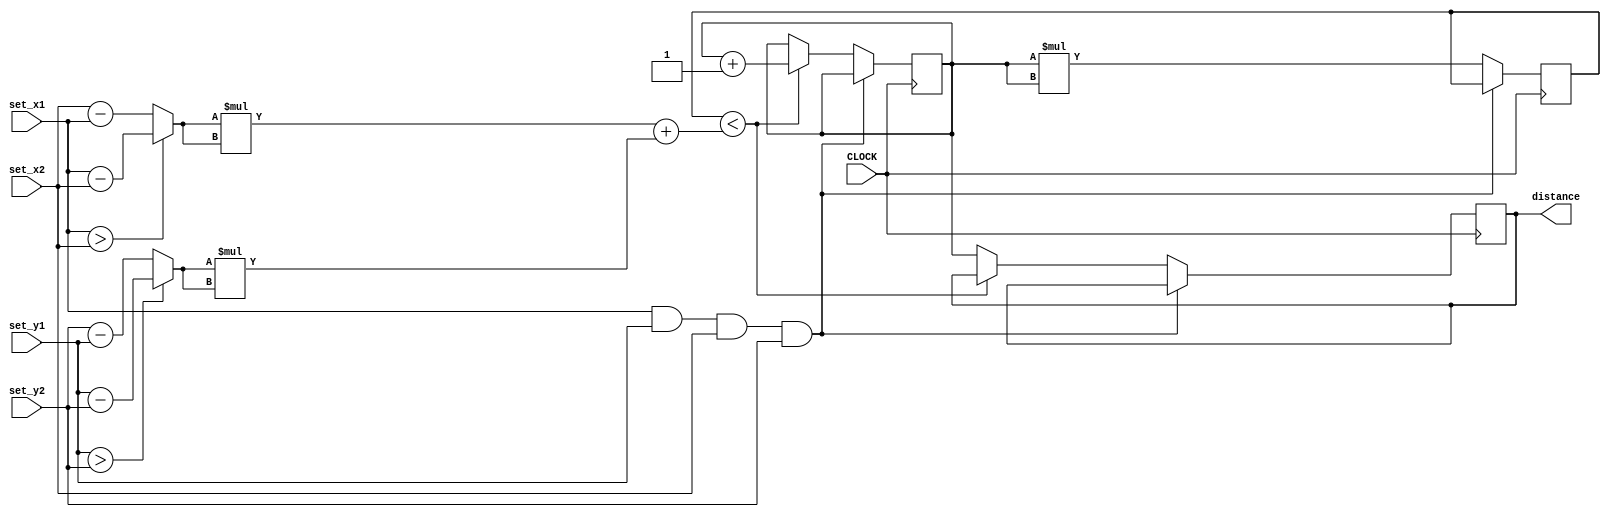
`timescale 1ns / 1ps
//////////////////////////////////////////////////////////////////////////////////
// Company: 
// Engineer: 
// 
// Design Name: 
// Module Name: cal_dist
// Project Name: 
// Target Devices: 
// Tool Versions: 
// Description: 
// 
// Dependencies: 
// 
// Revision:
// Revision 0.01 - File Created
// Additional Comments:
// 
//////////////////////////////////////////////////////////////////////////////////


module cal_dist(input CLOCK, input [6:0] set_x1, set_y1, set_x2, set_y2, output reg [13:0] distance);
    wire [6:0] x, y;
    wire [13:0] dist;
    reg [13:0] root, square;
    reg [13:0]approx = 1;
    reg [31:0] COUNT = 0;

        assign x = (set_x1 > set_x2) ? set_x1 - set_x2 : set_x2 - set_x1;
        assign y = (set_y1 > set_y2) ? set_y1 - set_y2 : set_y2 - set_y1;
        assign dist = x*x + y*y;
    
    always @(posedge CLOCK) begin
        if (!(set_x1 && set_y1 && set_x2 && set_y2)) begin 
        square <= approx * approx;
        if (square < dist) approx <= approx + 1;
        else distance <= approx;
        end
    end
//        if (COUNT == 0) begin
////            x <= (set_x1 > set_x2) ? set_x1 - set_x2 : set_x2 - set_x1;
////            y <= (set_y1 > set_y2) ? set_y1 - set_y2 : set_y2 - set_y1;
////            dist <= x*x + y*y;
////            a <= dist;
////            abs <= 1; 
////            COUNT <= COUNT + 1;
////        end
////        else if (COUNT > 0 && abs > 0)  begin
////              root = ( a + (dist/a) ) / 2;
////              abs = (root > a) ? root - a : a - root; 
////              a = root;
////              COUNT <= COUNT + 1;
////        end
////        else begin
////            distance <= root;
////            COUNT <= 0;
////        end
//    end
endmodule